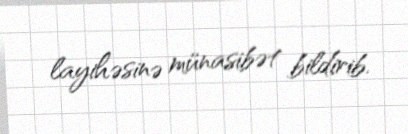
layihəsinə münasibət bildirib.